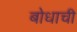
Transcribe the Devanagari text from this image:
बोधाची